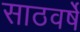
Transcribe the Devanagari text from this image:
साठवर्षे